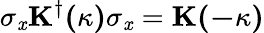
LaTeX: \sigma_{\mathit{x}}\mathbf{{K^{\dagger}(\kappa)}}\sigma_{\mathit{x}}=\mathbf{{K(-\kappa)}}